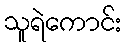
သူရဲကောင်း